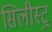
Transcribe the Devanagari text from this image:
सिलीस्ट्र